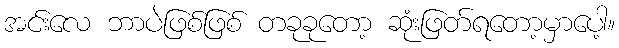
အင်းလေ ဘာပဲဖြစ်ဖြစ် တခုခုတော့ ဆုံးဖြတ်ရတော့မှာပေါ့။